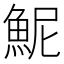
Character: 𫙖